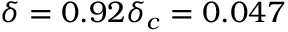
\delta = 0 . 9 2 \delta _ { c } = 0 . 0 4 7